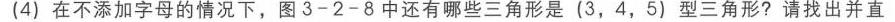
3. (广西贵港中考) 如图2 - 1 - 18，抛物线\(y = a(x - 1)(x - 3)\)与\(x\)轴交于\(A\)，\(B\)两点，与\(y\)轴正半轴交于点\(C\)，其顶点为\(D\)，直线\(CD\)交\(x\)轴于点\(E\).
(1) \(C\)，\(D\)两点的坐标分别为  \(\underline{\qquad\qquad}\) (用含\(a\)的式子表示)；
(2) 设\(S_{\triangle BCD}:S_{\triangle ABD}=k\)，求\(k\)的值.